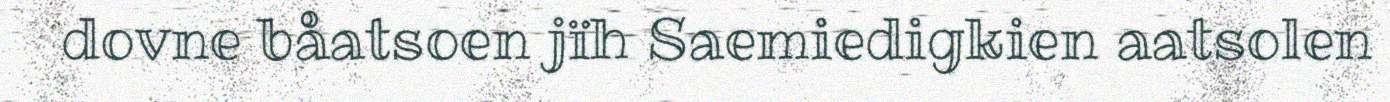
dovne båatsoen jïh Saemiedigkien aatsolen